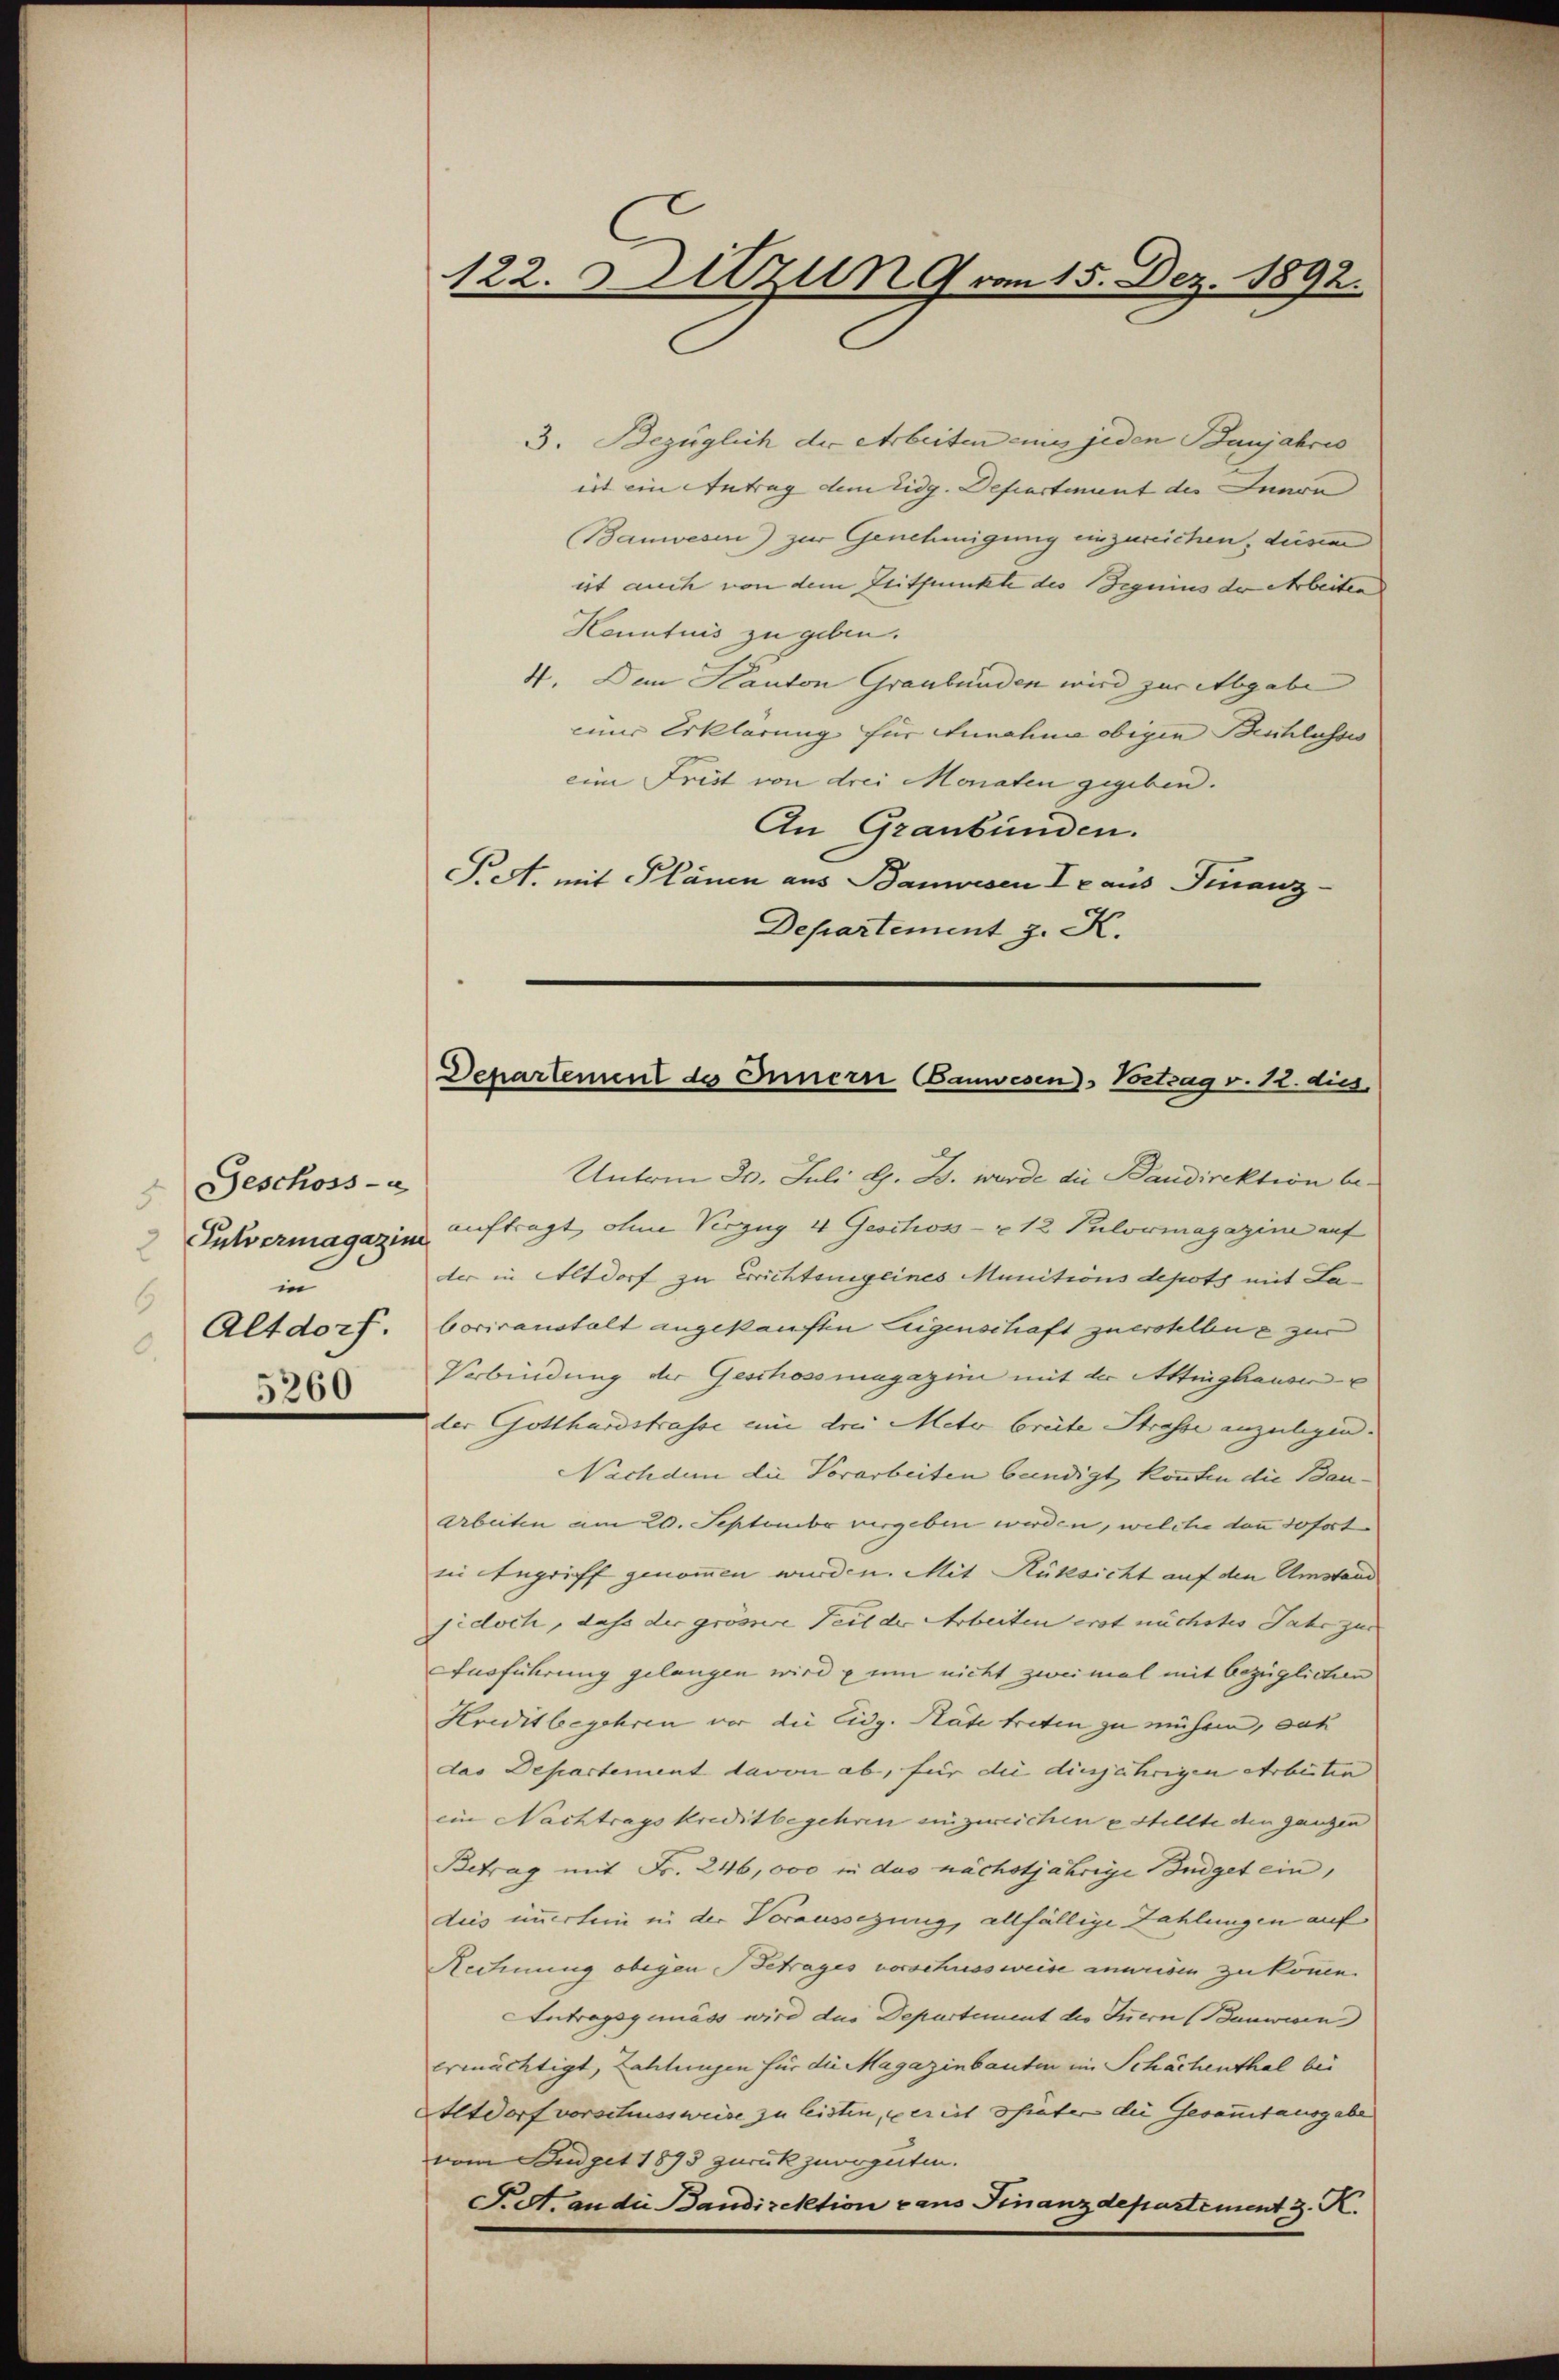
Geschoss- u
5
Putvermagazine
2
in
6
Altdorf.
.
5260

122. Sitzung vom 15. Dez. 1892.

3. Bezüglich der Arbeiten eines jeden Banjahres
irt ein Antrag dem Eidg. Departiment des Innon
Bauwesen) zur Genehmigung einzureichen, diesem
ist auch von dem Zeitpunckte des Beguius der Arbeiten
Kenntnis zu geben.
4. Dem Kanton Graubünden wird zur Abgabe
einer Erklärung für Annahme obigen Beschlusses
eine Frist von drei Monaten gegeben.
An Graubünden.
Pet. mit Plänen aus Bauwesen I aus Finanz¬
Departement z. K.

Departement des Innern Bauwesen Vortrag v. 12. dies

Unterm 30. Juli G. B. wurde die Baudirektion beauftragt, ohne Verzug 4 Geschoss - u 12 Pulovmagazine auf
der in Altdorf zu Errichtung eines Munitions depots mit Laboriranstalt angekauften Eigenschaft zuerstellen zur
Verbindung der Geschossmagazin mit der Attinghauser
der Gotthardstrasse um drei Meto breite Strasse anzulegen.
Nachdem die Vorarbeiten bündigt, könnten die Bau¬
Arbeiten am 20. September vergeben werden, welche dann sofortin Angriff genommen wurden. Mit Rüksicht auf den Umstand
jedoch, daß der grössere Seit der Arbeiten erst nächstes Jahr zur
Ausführung gelangen wird um nicht zweimal mit bezüglichen
Hreditbegehren vor die Eidg. Rate treten zu mühren, dah
das Departement davon ab, für die diesjährigen Arbeiten
ein Nachtrags kreditbegehren einzureichen u stellte den ganzen
Betrag mit Fr. 246,000 in das nächstjährige Budget ein,
dies immertein in der Voraussezung, allfällige Zahlungen auf¬
Rechnung obigen Betrages vorschussweise anweisen zu können.
Antragsgemäss wird das Departement des Innern (Bauwesen
ermächtigt, Zahlungen für die Magazinbauten im Schächenthal bei
Altdorf vorschinesweise zu leisten, der ist hinter die Gesammtausgabe
vom Junget 1893 zurück zuvoguten.
F. A. an die Bandirektion cano Finanzdepartement J. K.